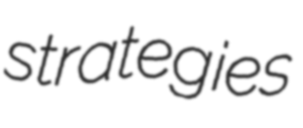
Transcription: strategies